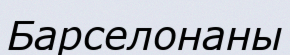
Барселонаны